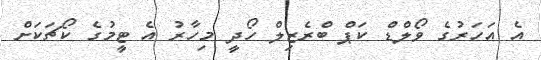
އެ އަހަރުގެ ވޯލްޑް ކަޕް ބްރެޒިލް ހޯދީ މިހާރު އެ ޓީމުގެ ކޯޗަކަށް